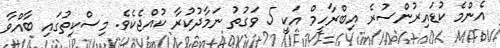
އެންމެ ކުޑައިރުންސުރެ އިބްރާހީމް އަކީ 5 ވަގުތު ނަމާދުކުރާ ކުއްޖެކެވެ. މިސްކިތުގައި ބާއްވާ